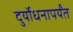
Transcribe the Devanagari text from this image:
दुर्योधनापर्यंत